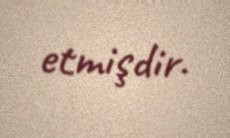
etmişdir.